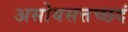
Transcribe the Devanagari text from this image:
असोयसत्तच्छदं